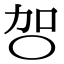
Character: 㔔